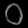
Digit: ၀